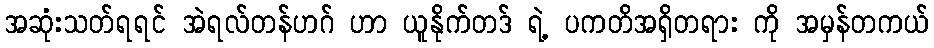
အဆုံးသတ်ရရင် အဲရလ်တန်ဟဂ် ဟာ ယူနိုက်တဒ် ရဲ့ ပကတိအရှိတရား ကို အမှန်တကယ်